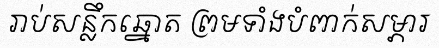
រាប់សន្លឹកឆ្នោត ព្រមទាំងបំពាក់សម្ភារ